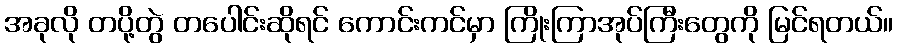
အခုလို တပို့တွဲ တပေါင်းဆိုရင် ကောင်းကင်မှာ ကြိုးကြာအုပ်ကြီးတွေကို မြင်ရတယ်။